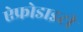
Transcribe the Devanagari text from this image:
ऐफ्रोडाइटी